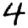
Digit: 4